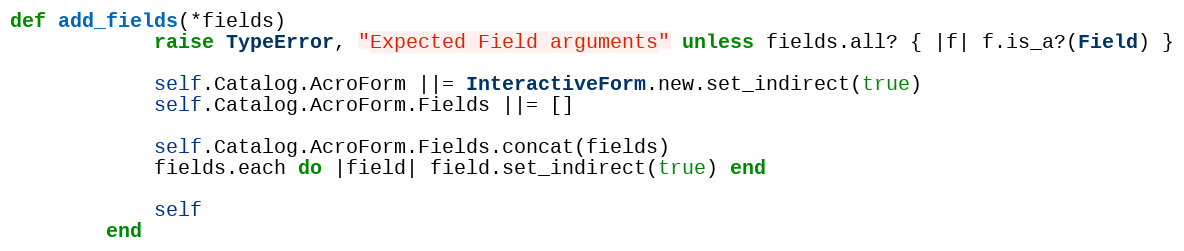
Language: Ruby
def add_fields(*fields)
            raise TypeError, "Expected Field arguments" unless fields.all? { |f| f.is_a?(Field) }

            self.Catalog.AcroForm ||= InteractiveForm.new.set_indirect(true)
            self.Catalog.AcroForm.Fields ||= []

            self.Catalog.AcroForm.Fields.concat(fields)
            fields.each do |field| field.set_indirect(true) end

            self
        end